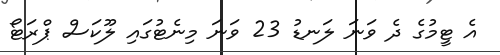
އެ ޓީމުގެ ދެ ވަނަ ލަނޑު 23 ވަނަ މިނެޓުގައި ލޫކަސް ޕްރަޓޯ